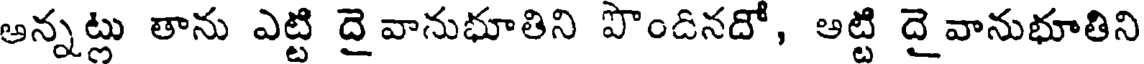
అన్నట్లు తాను ఎట్టి దై వానుభూతిని పొందినదో, అట్టి దై వానుభూతిని